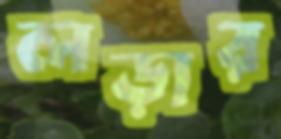
লড়ার